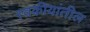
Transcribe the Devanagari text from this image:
स्वकीयांतील